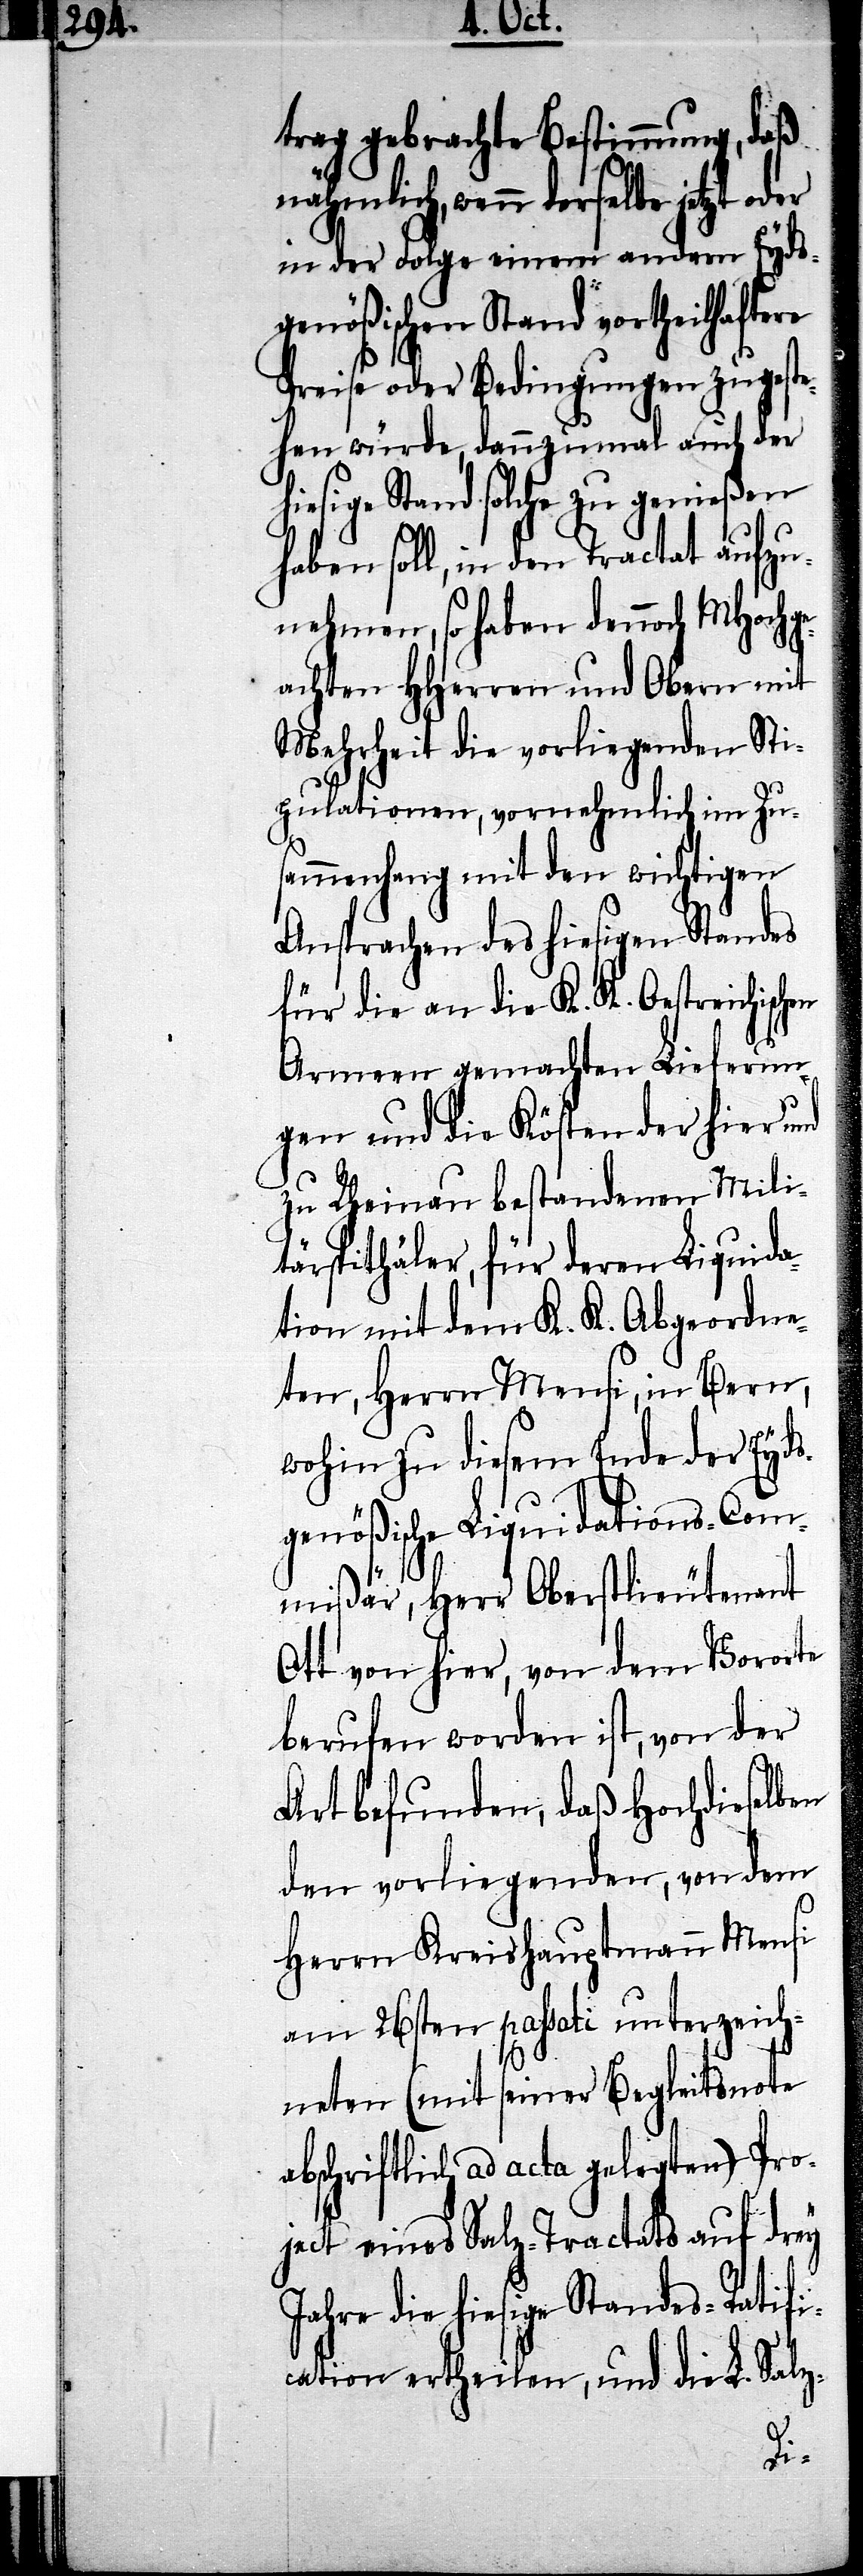
trag gebrachte Bestimmung, daß
nähmlich, wenn derselbe
in der Folge einem anderm Eyds¬
genößischen Stand vortheilhaftere
Preise oder Bedingungen zugest¬
ehen würde, dannzumal auch der
hiesige Stand solche zu genießen
haben soll, in den Tractat aufzu¬
nehmen, so haben dennoch MHochge¬
achten HHerren und Obern mit
Mehrheit die vorliegenden Sti¬
pulationen, vornehmlich im Zu¬
sammenhang mit den wichtigen
Ansprachen des hiesigen Standes
für die an die K. K. Oestreichisch¬
Armeen gemachten Lieferun¬
gen und die Kösten der hier und
zu Rheinau bestandenen Mili¬
tärspithäler, für deren Liquida¬
tion mit dem K. K. Abgeordne¬
ten, Herrn Mensi, in Bern,
wohin zu diesem Ende der Eyds¬
genößische Liquidations-Com¬
mißär, Herr Oberstlieutenant
Ott von hier, von dem Vororte
berufen worden ist, von der
Art befunden, daß Hochdieselben
den vorliegenden, von dem
Herrn Kreishauptmann Mensi
am 26sten passati unterzeich¬
neten (mit seiner Begleitsnote
abschriftlich ad acta gelegten) Pro¬
ject eines Salz-Tractats auf drey
Jahre die hiesige Standes-Ratifi¬
cation ertheilen, und die L. Salz-
en